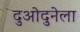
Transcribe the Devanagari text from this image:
दुओदुनेला